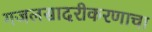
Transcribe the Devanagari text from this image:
गजलसादरीकरणाचा